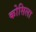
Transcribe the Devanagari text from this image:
कोसिला